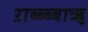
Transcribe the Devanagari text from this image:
ऱाब्ब्ब्बाॠ